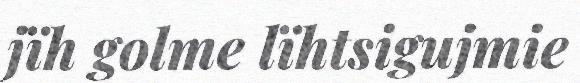
jïh golme lïhtsigujmie